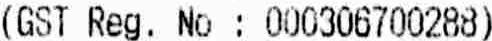
(GST REG. NO : 000306700288)